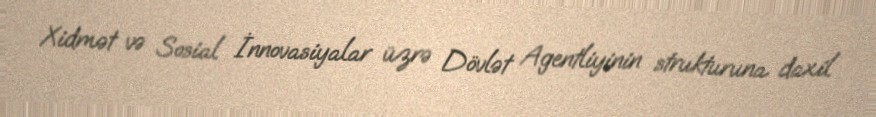
Xidmət və Sosial İnnovasiyalar üzrə Dövlət Agentliyinin strukturuna daxil